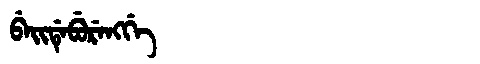
Manchu: ᠪᡝᡳᡩᡝᠪᡠᡵᡝᠩᡤᡝ
Romanization: BEIDEBURENGGE